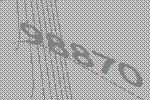
98870